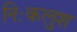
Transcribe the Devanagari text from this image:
निःकलुश